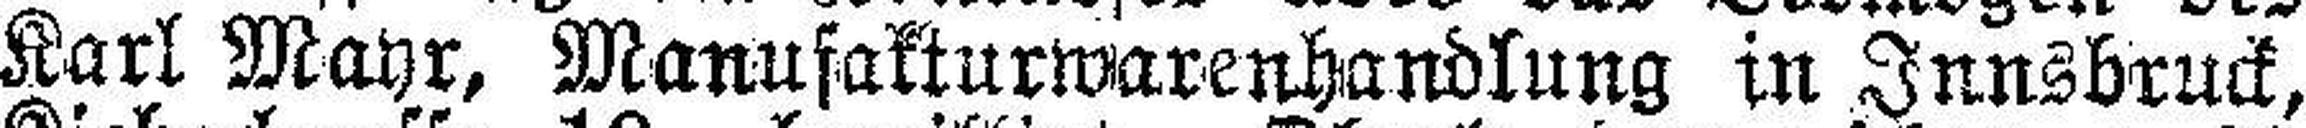
Karl Mayr, Manufakturwarenhandlung in Innsbruck,